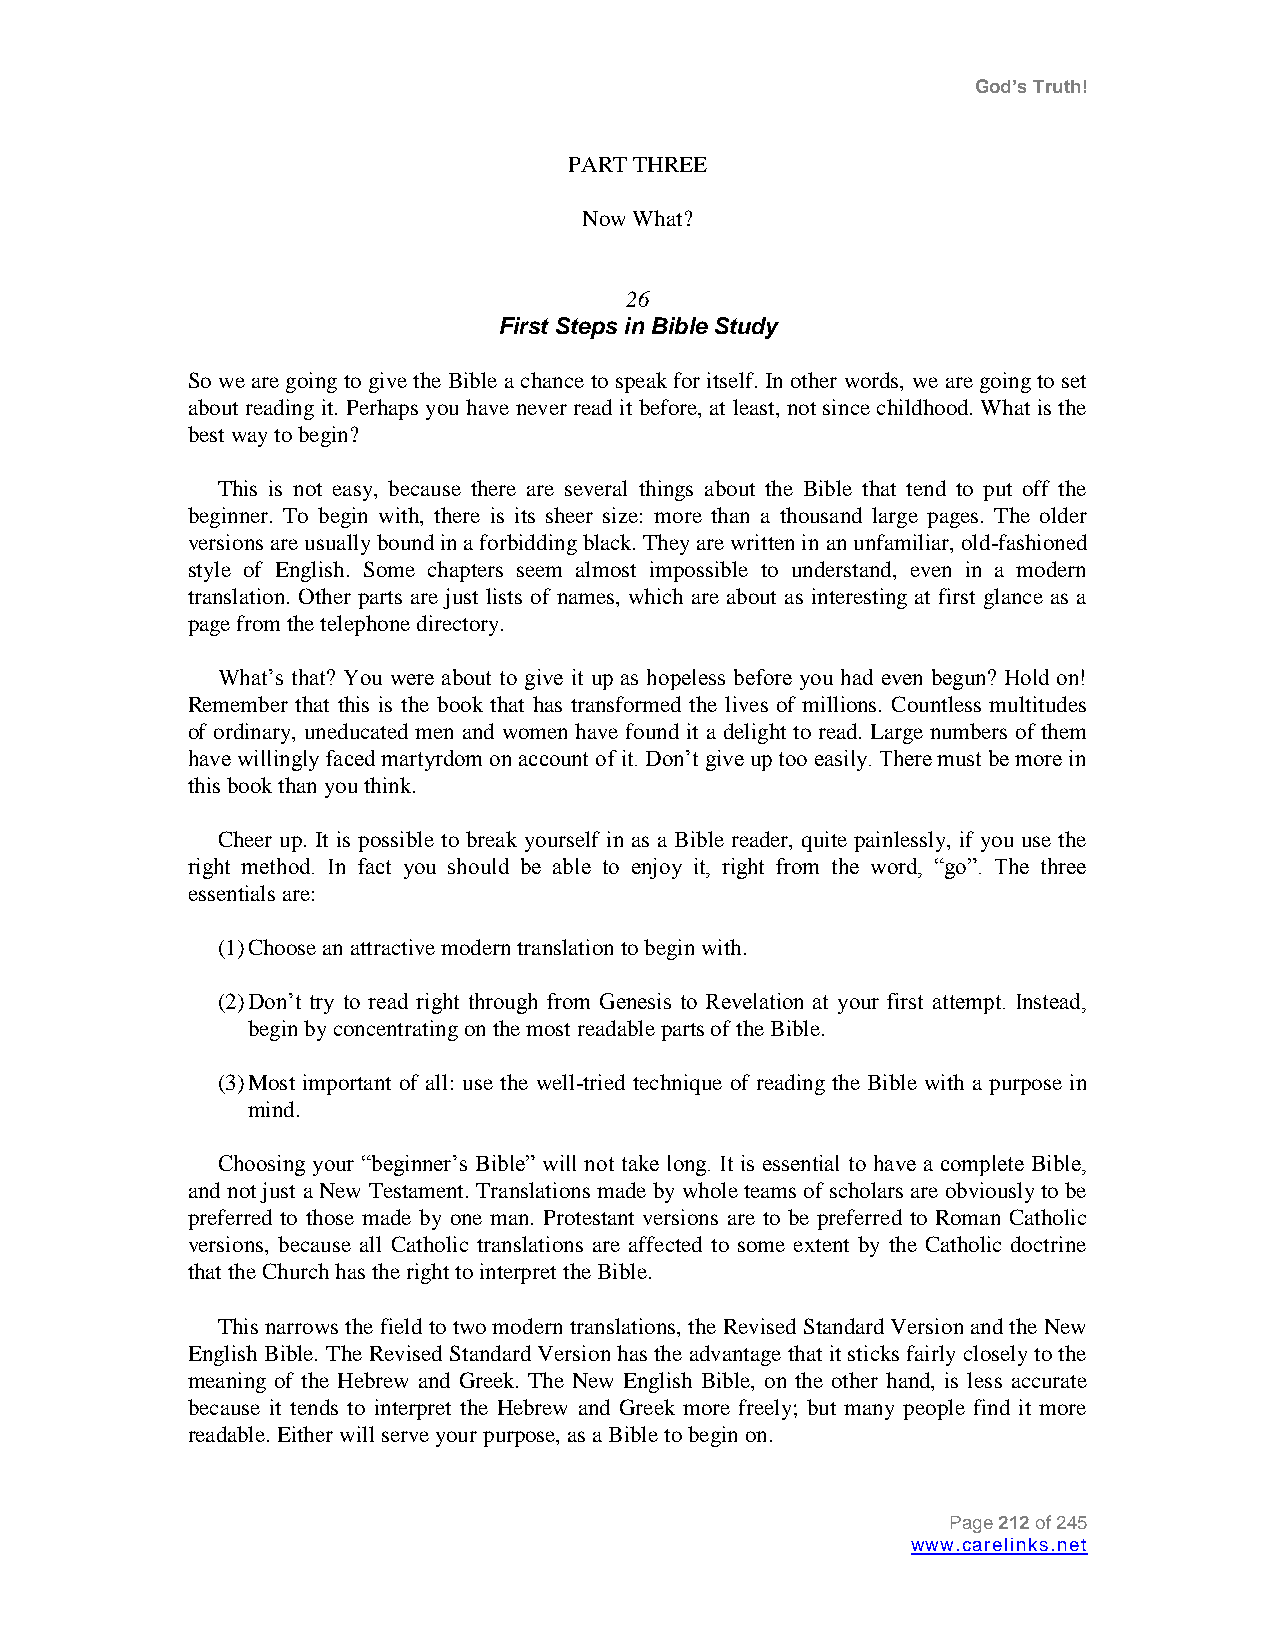
God’s Truth!
 PART THREE
 Now What?
 26
 First Steps in Bible Study
 So we are going to give the Bible a chance to speak for itself. In other words, we are going to set
 about reading it. Perhaps you have never read it before, at least, not since childhood. What is the
 best way to begin?
 This is not easy, because there are several things about the Bible that tend to put off the
 beginner. To begin with, there is its sheer size: more than a thousand large pages. The older
 versions are usually bound in a forbidding black. They are written in an unfamiliar, old-fashioned
 style of English. Some chapters seem almost impossible to understand, even in a modern
 translation. Other parts are just lists of names, which are about as interesting at first glance as a
 page from the telephone directory.
 What‟s that? You were about to give it up as hopeless before you had even begun? Hold on!
 Remember that this is the book that has transformed the lives of millions. Countless multitudes
 of ordinary, uneducated men and women have found it a delight to read. Large numbers of them
 have willingly faced martyrdom on account of it. Don‟t give up too easily. There must be more in
 this book than you think.
 Cheer up. It is possible to break yourself in as a Bible reader, quite painlessly, if you use the
 right method. In fact you should be able to enjoy it, right from the word, “go”. The three
 essentials are:
 (1) Choose an attractive modern translation to begin with.
 (2) Don‟t try to read right through from Genesis to Revelation at your first attempt. Instead,
 begin by concentrating on the most readable parts of the Bible.
 (3) Most important of all: use the well-tried technique of reading the Bible with a purpose in
 mind.
 Choosing your “beginner‟s Bible” will not take long. It is essential to have a complete Bible,
 and not just a New Testament. Translations made by whole teams of scholars are obviously to be
 preferred to those made by one man. Protestant versions are to be preferred to Roman Catholic
 versions, because all Catholic translations are affected to some extent by the Catholic doctrine
 that the Church has the right to interpret the Bible.
 This narrows the field to two modern translations, the Revised Standard Version and the New
 English Bible. The Revised Standard Version has the advantage that it sticks fairly closely to the
 meaning of the Hebrew and Greek. The New English Bible, on the other hand, is less accurate
 because it tends to interpret the Hebrew and Greek more freely; but many people find it more
 readable. Either will serve your purpose, as a Bible to begin on.
 Page 212 of 245
 www.carelinks.net